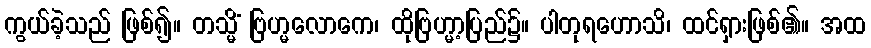
ကွယ်ခဲ့သည် ဖြစ်၍။ တသ္မိံ ဗြဟ္မလောကေ၊ ထိုဗြဟ္မာ့ပြည်၌။ ပါတုရဟောသိ၊ ထင်ရှားဖြစ်၏။ အထ